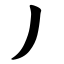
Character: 丿